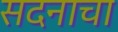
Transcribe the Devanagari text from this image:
सदनाचा